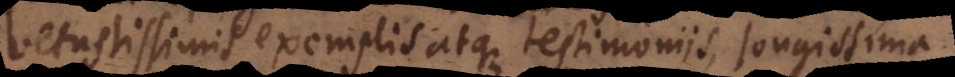
vetustissimis exemplis atque testimoniis, longissima